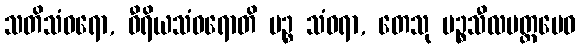
သတိသံဝရော, ဝီရိယသံဝရောတိ ပဉ္စ သံဝရာ, တေသု ပဉ္စသီလမတ္တမေဝ